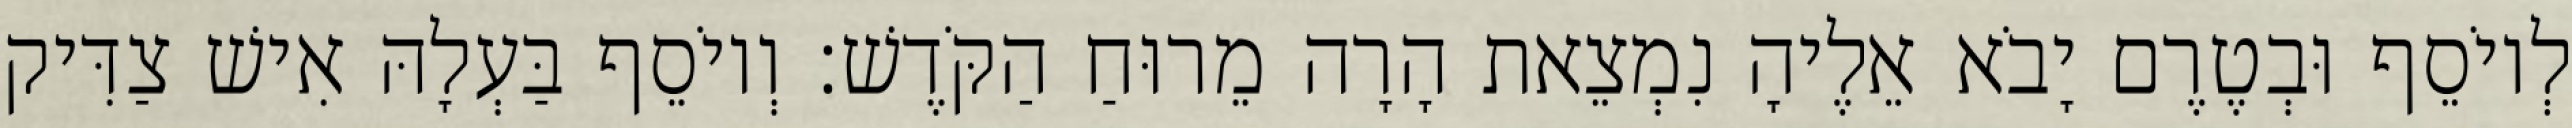
לְיוֹסֵף וּבְטֶרֶם יָבֹא אֵלֶיהָ נִמְצֵאת הָרָה מֵרוּחַ הַקֹּדֶשׁ׃ וְיוֹסֵף בַּעְלָהּ אִישׁ צַדִּיק